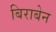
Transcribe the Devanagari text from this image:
बिराबेन